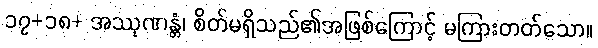
၁၇+၁၈+ အဿုဏန္တံ၊ စိတ်မရှိသည်၏အဖြစ်ကြောင့် မကြားတတ်သော။